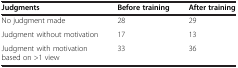
<table><thead><tr><td><b>Judgments</b></td><td><b>Before training</b></td><td><b>After training</b></td></tr></thead><tbody><tr><td>No judgment made</td><td>28</td><td>29</td></tr><tr><td>Judgment without motivation</td><td>17</td><td>13</td></tr><tr><td>Judgment with motivation based on &gt;1 view</td><td>33</td><td>36</td></tr></tbody></table>